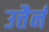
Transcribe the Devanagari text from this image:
उत्तैर्न